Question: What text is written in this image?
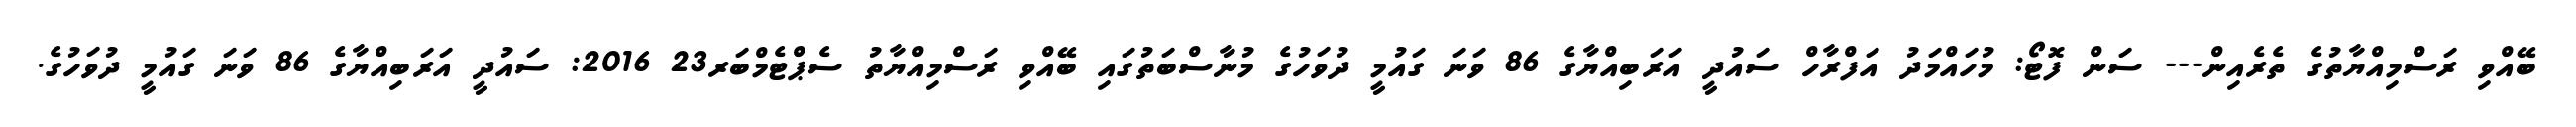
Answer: ބޭއްވި ރަސްމިއްޔާތުގެ ތެރެއިން--- ސަން ފޮޓޯ: މުހައްމަދު އަފްރާހް ސައުދީ އަރަބިއްޔާގެ 86 ވަނަ ގައުމީ ދުވަހުގެ މުނާސްބަތުގައި ބޭއްވި ރަސްމިއްޔާތު ސެޕްޓެމްބަރ23 2016: ސައުދީ އަރަބިއްޔާގެ 86 ވަނަ ގައުމީ ދުވަހުގެ.